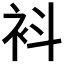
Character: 𧘞